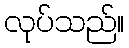
လုပ်သည်။